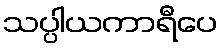
သပ္ပါယကာရီပေ